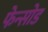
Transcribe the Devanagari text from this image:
फेन्सोड